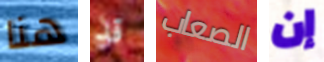
هنا قد الصعاب إن